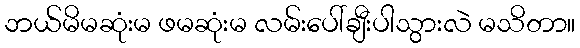
ဘယ်မိမဆုံးမ ဖမဆုံးမ လမ်းပေါ်ချီးပါသွားလဲ မသိတာ။